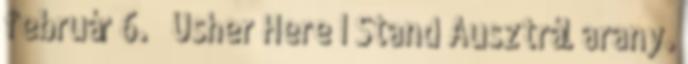
február 6. ↑ Usher Here I Stand Ausztrál arany.